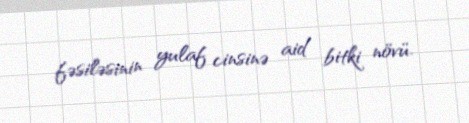
fəsiləsinin yulaf cinsinə aid bitki növü.